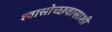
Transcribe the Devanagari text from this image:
श्वासोच्छवासाशी